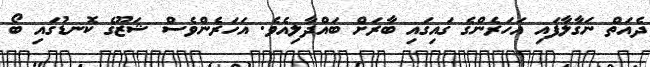
ދެއަތް ނަގާލާފައި އަހަރެންގެ ގައިގައި ބާރަށް ބައްދާލިއެވެ. އަހަރެންވެސް ޝަޒޫގެ ކޮނޑުގައި ބޯ